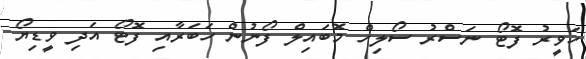
ހަވީރު ފޮޓޯ ނަސްރު ސޯލިހް މޮބައިލް ފޯނުން ހަބަރާއި ފޮޓޯ އަދި ވީޑިޔޯ